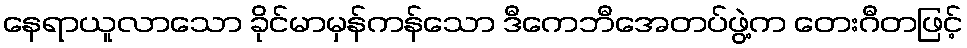
နေရာယူလာသော ခိုင်မာမှန်ကန်သော ဒီကေဘီအေတပ်ဖွဲ့က တေးဂီတဖြင့်